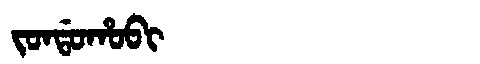
Manchu: ᠵᠣᠨᡩᠣᡥᠣᠪᡳ
Romanization: JONDOHOBI